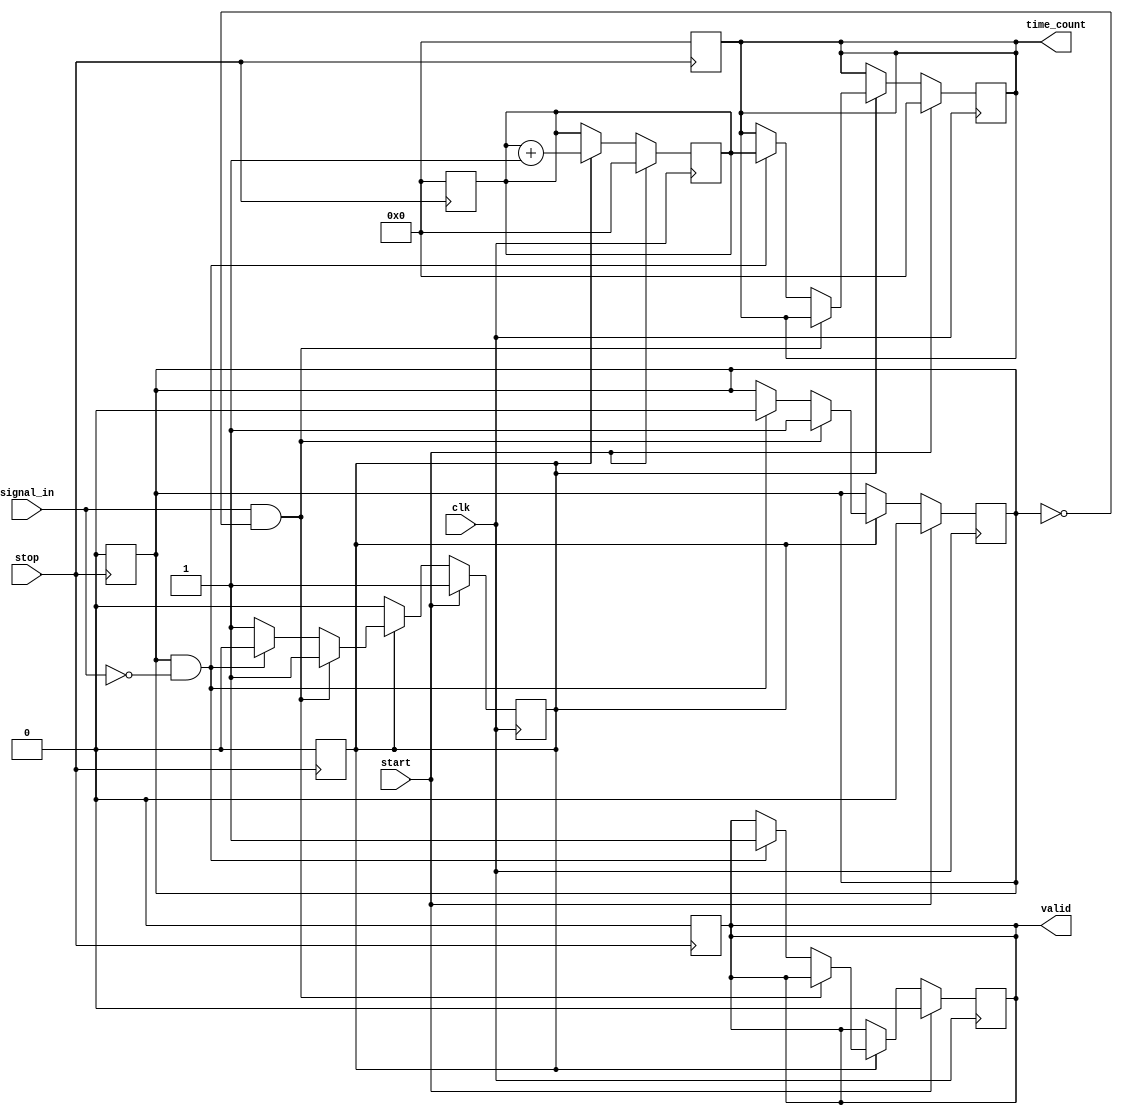
module TDC (
    input wire clk,               // High-frequency clock from PLL
    input wire start,             // Start signal for measurement
    input wire stop,              // Stop signal for measurement
    input wire signal_in,         // Input signal to measure time intervals
    output reg [15:0] time_count, // Digital output for measured time interval
    output reg valid              // Indicates valid measurement
);

    // Parameters
    parameter DELAY_LINE_SIZE = 16; // Number of delay elements
    reg [DELAY_LINE_SIZE-1:0] delay_line; // Delay line for time measurement
    reg [15:0] counter; // Time counter
    reg event_detected; // Flag for event detection
    reg sampling; // Flag for sampling state

    // Edge detection logic
    always @(posedge clk) begin
        if (start) begin
            // Initialize counter and flags
            counter <= 0;
            time_count <= 0;
            valid <= 0;
            event_detected <= 0;
            sampling <= 1;
        end else if (sampling) begin
            // Detect rising edge of the input signal
            if (signal_in && !event_detected) begin
                event_detected <= 1; // First event detected
                delay_line <= 0; // Reset delay line
            end else if (event_detected && !signal_in) begin
                // Detect falling edge of the input signal
                event_detected <= 0; // Second event detected
                time_count <= counter; // Capture the counter value
                valid <= 1; // Indicate valid measurement
                sampling <= 0; // Stop sampling
            end
            
            // Increment counter and update delay line
            counter <= counter + 1;
            delay_line <= {delay_line[DELAY_LINE_SIZE-2:0], signal_in}; // Shift in the signal
        end
    end

    // Reset logic
    always @(posedge stop) begin
        // Reset the TDC on stop signal
        counter <= 0;
        time_count <= 0;
        valid <= 0;
        event_detected <= 0;
        sampling <= 0;
        delay_line <= 0;
    end

endmodule